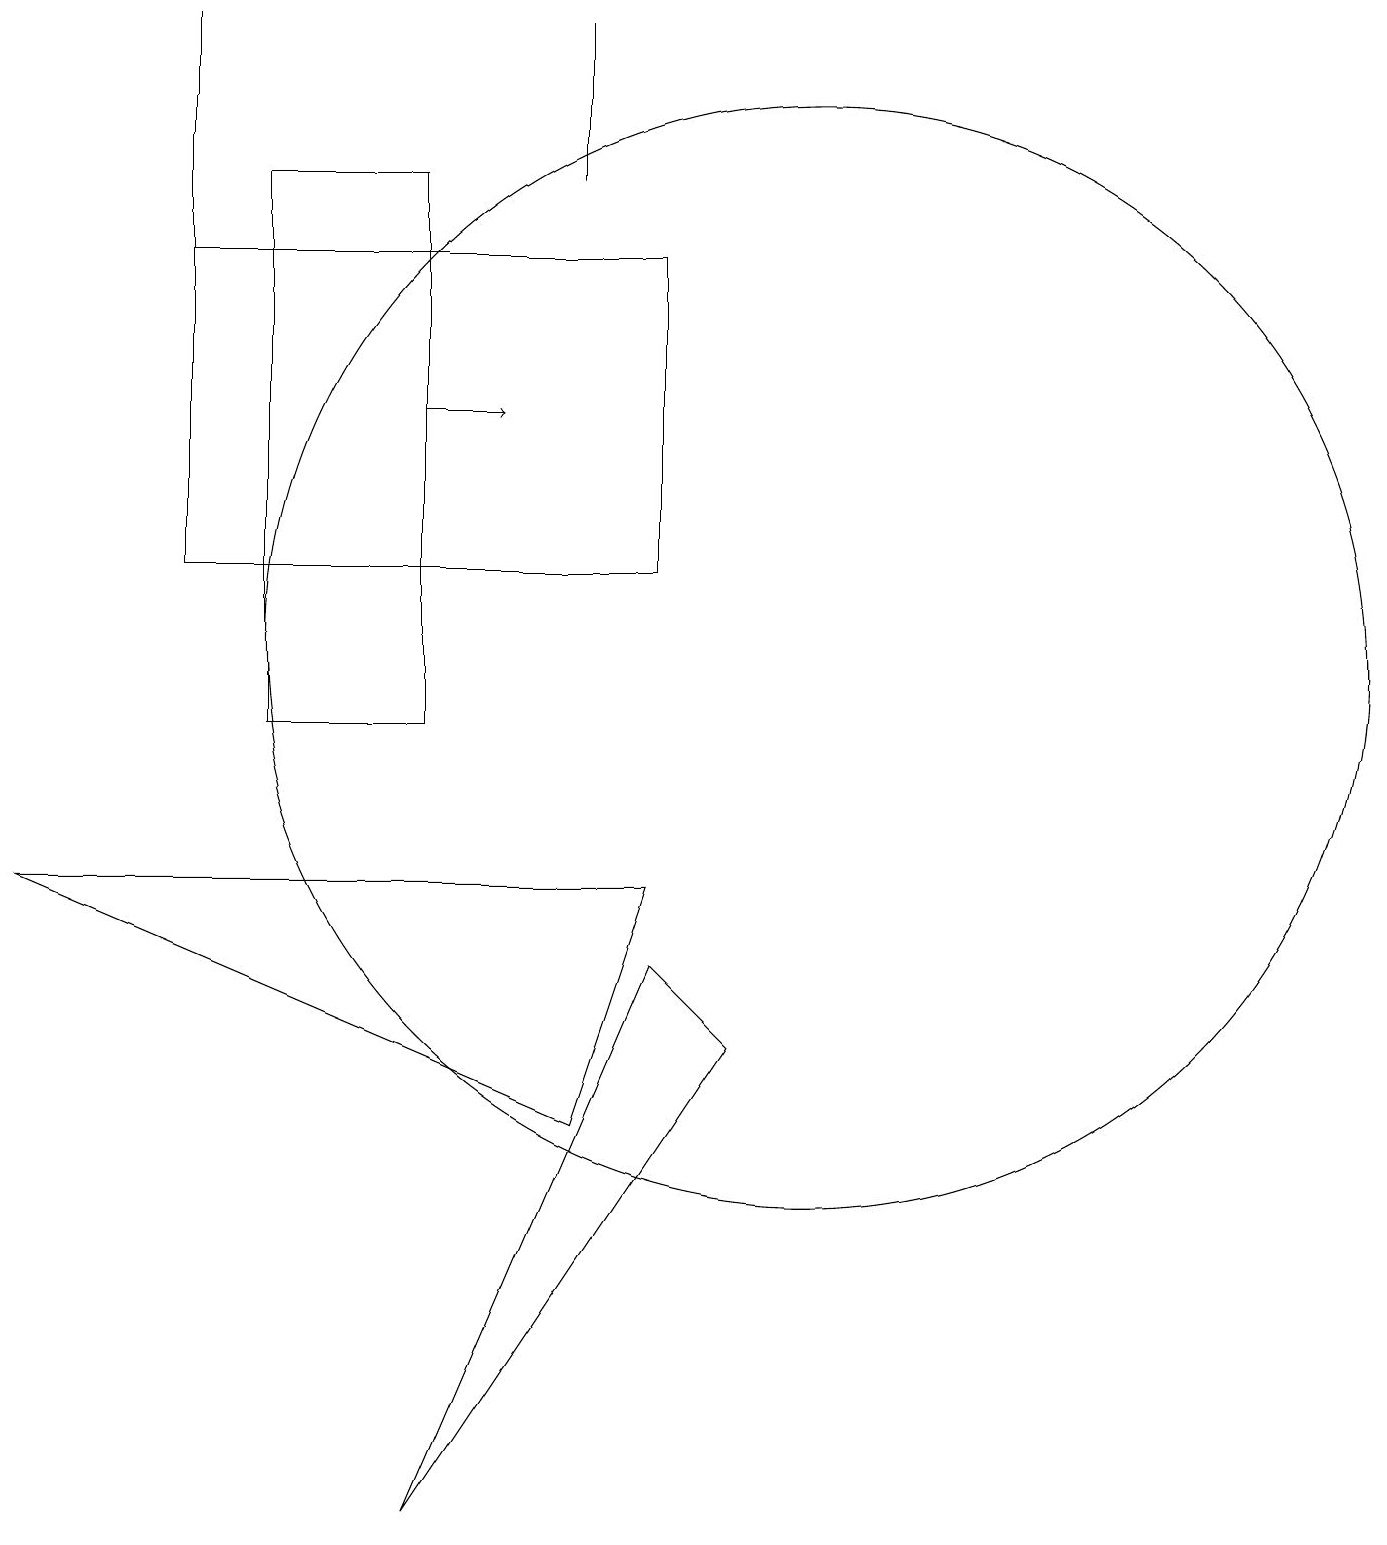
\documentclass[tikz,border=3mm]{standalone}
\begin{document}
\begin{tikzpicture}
\draw (2,19) rectangle (2,16);
\draw (7,5) -- (0,8) -- (8,8) -- cycle;
\draw (9,6) -- (5,0) -- (8,7) -- cycle;
\draw (10,11) circle (7);
\draw[->] (5,14) -- (6,14);
\draw (7,19) rectangle (7,17);
\draw (8,12) rectangle (2,16);
\draw (3,17) rectangle (5,10);
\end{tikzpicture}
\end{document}